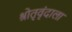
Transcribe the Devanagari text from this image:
श्रोतृवृंदाला